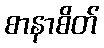
စာနာစိတ်